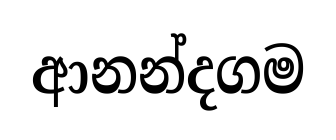
ආනන්දගම